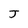
Character: J